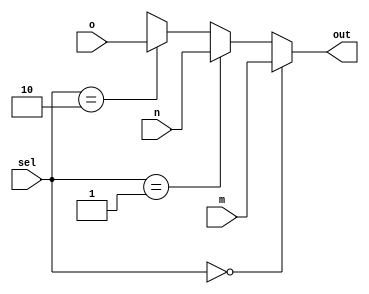
module mux3_1(m,n,o,sel,out);
input [31:0]m,n,o;
input [1:0] sel;
output [31:0]out;
assign out = (sel==2'b00) ? m : 
				 (sel==2'b01) ? n :
				 (sel==2'b10) ? o : 32'bx;
endmodule